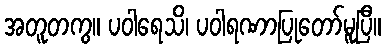
အတူတကွ။ ပဝါရေသိ၊ ပဝါရဏာပြုတော်မူပြီ။